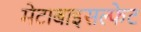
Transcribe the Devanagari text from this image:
मेटाबाइसल्फेट